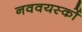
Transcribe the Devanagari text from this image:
नववयस्कों